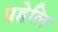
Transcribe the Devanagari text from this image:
प्रहेलि